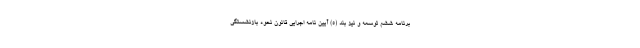
برنامه ششم توسعه و نیز بند (5) آیین نامه اجرایی قانون نحوه بازنشستگی